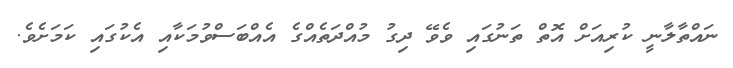
ނައްތާލާނީ ކުރިއަށް އޮތް ތަނުގައި ވެވޭ ދިގު މުއްދަތެއްގެ އެއްބަސްވުމަކާއި އެކުގައި ކަމަށެވެ.